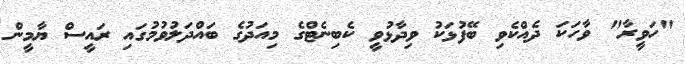
"ހަވީރާ" ވާހަކަ ދެއްކެވި ބޭފުޅަކު ވިދާޅުވީ ކެބިނެޓްގެ މިއަދުގެ ބައްދަލުވުމުގައި ރައީސް ޔާމީން